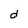
Character: d